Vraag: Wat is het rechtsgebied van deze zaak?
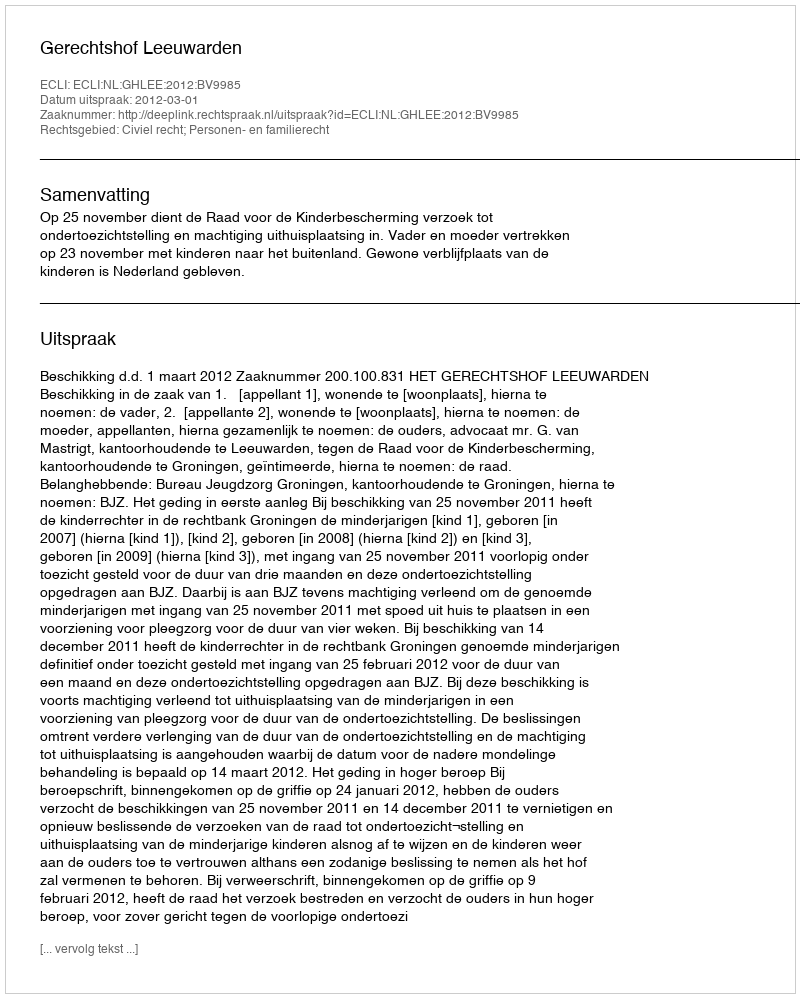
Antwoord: Civiel recht; Personen- en familierecht